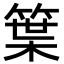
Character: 䈎